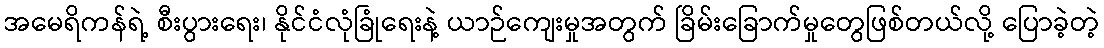
အမေရိကန်ရဲ့ စီးပွားရေး၊ နိုင်ငံလုံခြုံရေးနဲ့ ယာဉ်ကျေးမှုအတွက် ခြိမ်းခြောက်မှုတွေဖြစ်တယ်လို့ ပြောခဲ့တဲ့